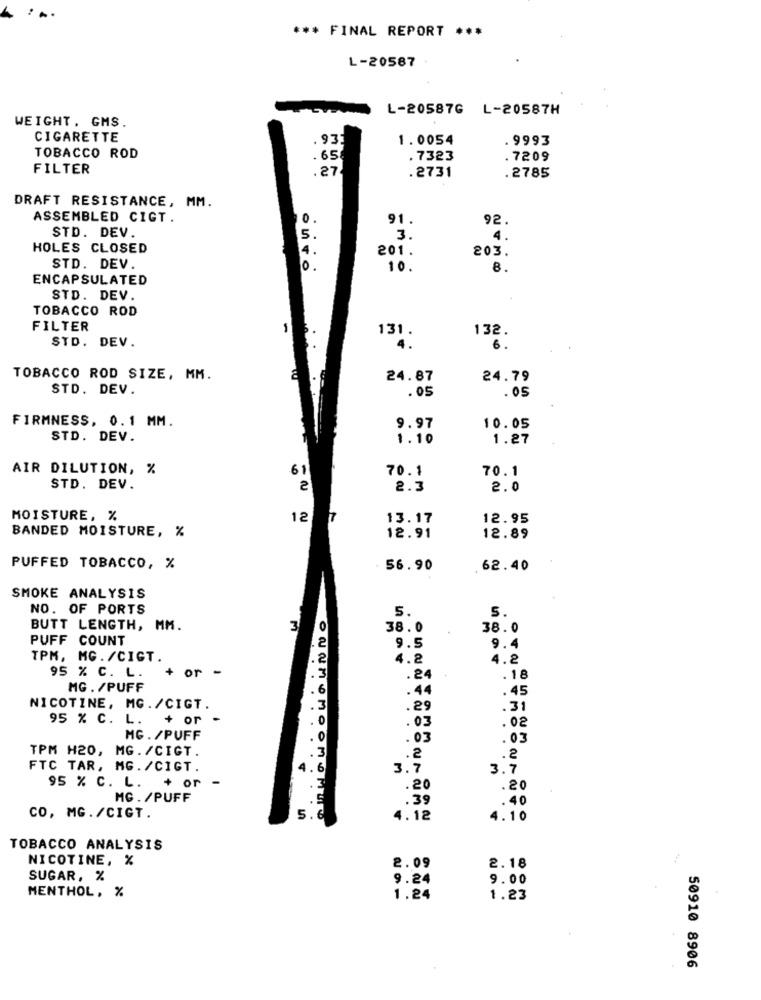
*** FINAL REPORT ***
L-20587
L-20587G L-20587H
WEIGHT. GMS.
CIGARETTE
1. 0054
. 9993
. 935
TOBACCO ROD
. 65
. 7323
.7209
FILTER
.27
.2731
.2785
DRAFT RESISTANCE, MM.
ASSEMBLED CIGT.
0.
91.
92.
STD. DEV.
5.
3.
4.
HOLES CLOSED
4.
201.
203.
STD. DEV.
10.
10.
8.
ENCAPSULATED
STD. DEV.
TOBACCO ROD
FILTER
-
132.
STD. DEV.
131.
6.
TOBACCO ROD SIZE, MM.
24.87
24.79
STD. DEV.
.05
.05
FIRMNESS, 0.1 MM.
9.97
10.05
STD. DEV.
1.10
1.27
AIR DILUTION, %
61
70.1
70.1
STD. DEV.
₴
2.3
2.0
MOISTURE, %
12
13.17
12.95
BANDED MOISTURE, %
12.91
12.89
PUFFED TOBACCO, %
56.90
62.40
SMOKE ANALYSIS
NO. OF PORTS
5.
5.
BUTT LENGTH, MM.
3
38.0
38.0
PUFF COUNT
2
9.5
9.4
TPM, MG. /CIGT.
.2
4.2
4.2
95 % C. L.
. -
+ or
1.3
. 24 +
.18
MG. /PUFF
.6
. 45
NICOTINE, MG./CIGT.
.3
.29
.31
95 % C. L. + or
.03
.02
MG. /PUFF
. 03
.03
TPM H20, MG. /CIGT.
.3
.2
.2
FTC TAR, MG. /CIGT.
1.6
3.7
3.7
95 % C. L.
+ or
.20
.20
MG . /PUFF
. 39
. 40
CO, MG. /CIGT.
5
4.12
4.10
TOBACCO ANALYSIS
NICOTINE, %
2.09
2.18
SUGAR, %
9.24
9.00
MENTHOL, %
1.24
1.23
50910 8906